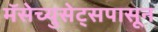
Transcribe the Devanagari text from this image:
मॅसेच्युसेट्सपासून